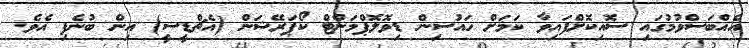
އެއްބަސްވުމުގައި ސޮއިކޮށްފައިވާ ކަމަށް ހައުސިން ޑިވޮލޮޕްމަންޓް ކޯޕަރޭޝަން (އެޗްޑީީސީ) އިން ބުނެފި އެވެ.